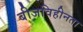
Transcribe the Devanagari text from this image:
बीजविहीनता